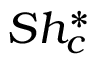
S h _ { c } ^ { * }